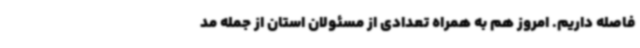
فاصله داریم. امروز هم به همراه تعدادی از مسئولان استان از جمله مد